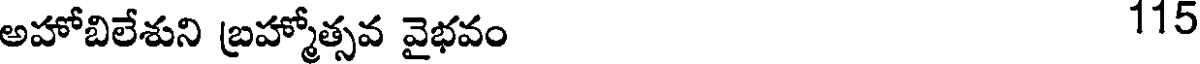
అహోబిలేశుని బ్రహ్మోత్సవ వైభవం 115